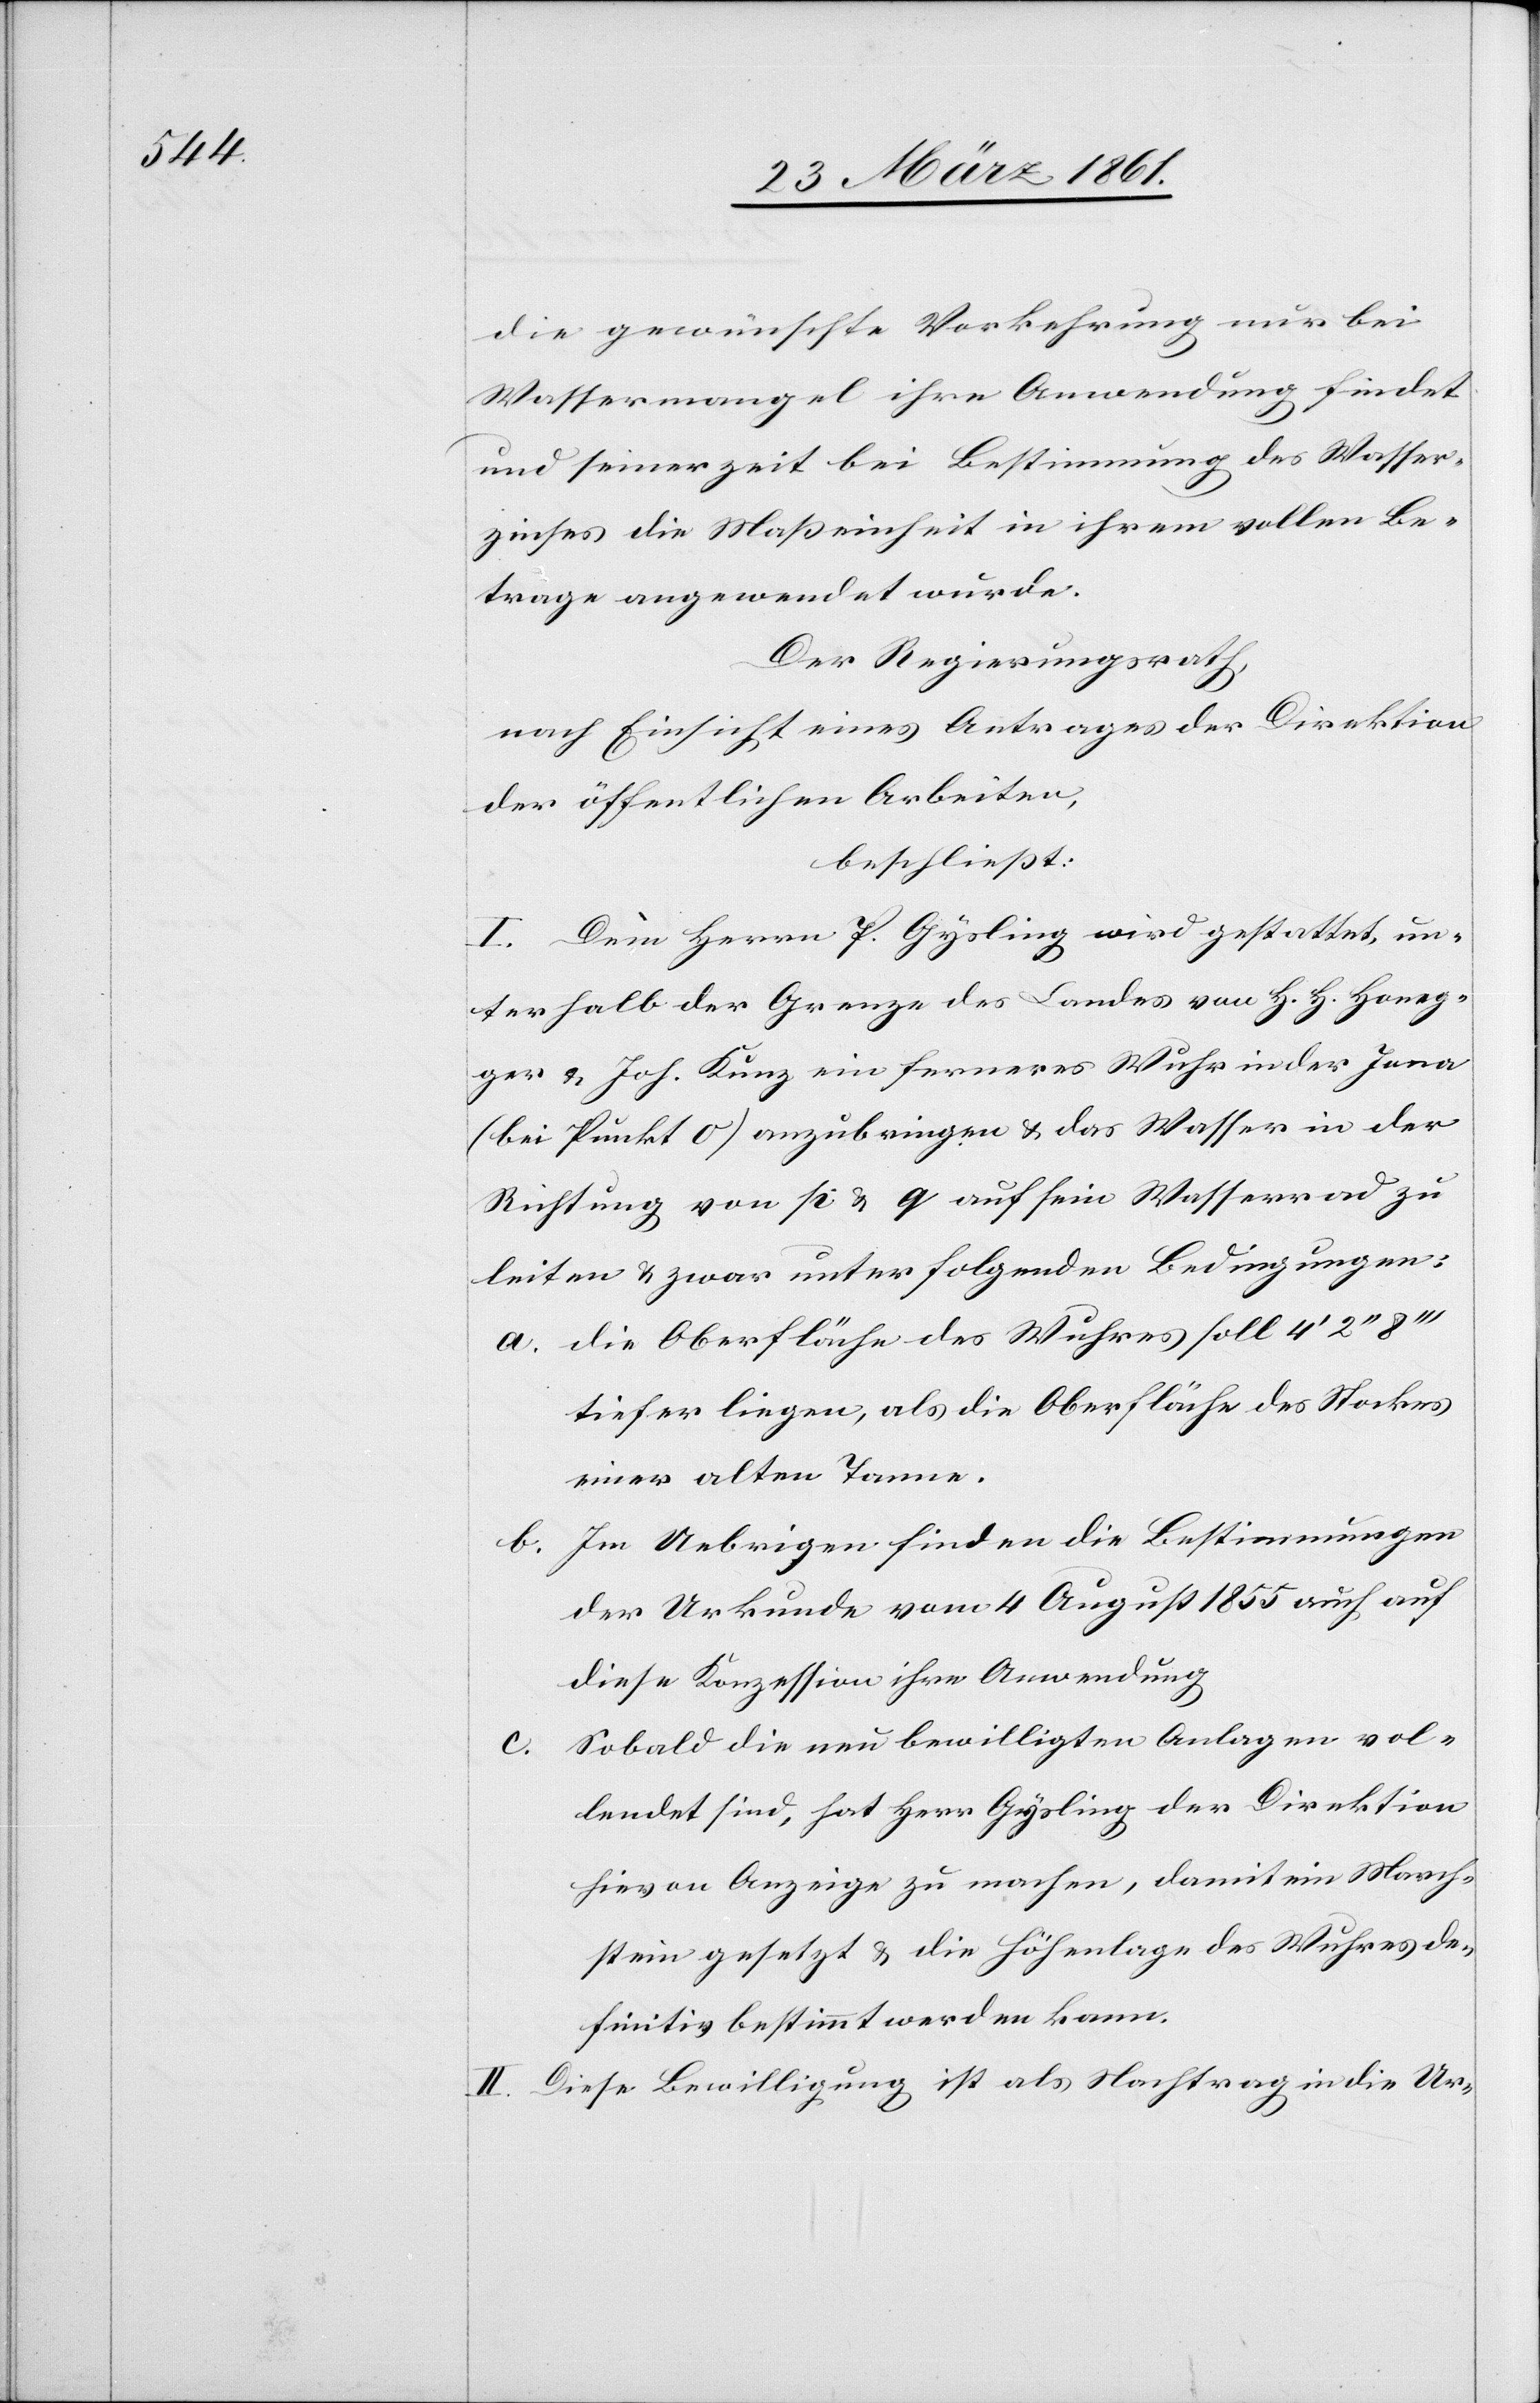
die gewünschte Verkehrung nur bei
Wassermangel ihre Anwendung findet
und seinerzeit bei Bestimmung des Wasser¬
zinses die Masseinheit in ihrem vollen Be¬
trage angewendet wurde.
Der Regierungsrath,
nach Einsicht eines Antrages der Direktion
der öffentlichen Arbeiten,
beschließt:
I. Dem Herrn P. Gysling wird gestattet, un¬
terhalb der Grenze des Landes von H. H. Honeg¬
ger u. Joh. Kunz ein ferneres Wuhr in der Jona
(bei Punkt o) anzubringen u. das Wasser in der
Richtung von p u. q auf sein Wasserrad zu
leiten u. zwar unter folgenden Bedingungen:
a. Die Oberfläche des Wuhres soll
tiefer liegen, als die Oberfläche des Stockes
einer alten Tanne.
Im Uebrigen finden die Bestimmungen
b.
der Urkunde vom 4. August 1855 auch auf
diese Konzession ihre Anwendung.
Sobald die neu bewilligten Anlagen vol¬
lendet sind, hat Herr Gysling der Direktion
hievon Anzeige zu machen, damit ein March¬
stein gesetzt werden u. die Höhenlage des Wuhres de¬
finitiv bestimmt werden kann.
II. Diese Bewilligung ist als Nachtrag in die Ur-